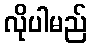
လိုပါမည်